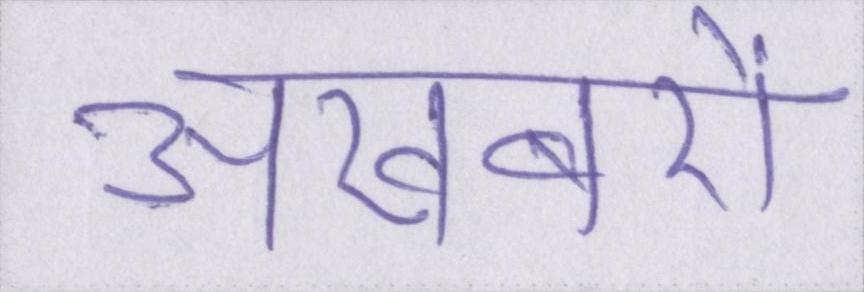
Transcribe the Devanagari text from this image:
अखबरों